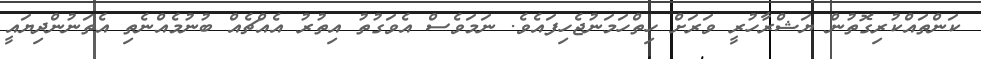
ކަންތައްކުރިގޮތުން ޔަޝްރާހުރީ ވަރަށް ހިތްހަމަނުޖެހިފައެވެ. ނަމަވެސް އެވަގުތު އިތުރު އެއްޗެއް ބުނުމެއްނެތި އެތަނުންދިޔައީ